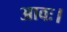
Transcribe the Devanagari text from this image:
आवः।